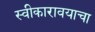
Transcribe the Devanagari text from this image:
स्वीकारावयाचा